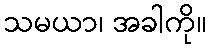
သမယာ၊ အခါကို။